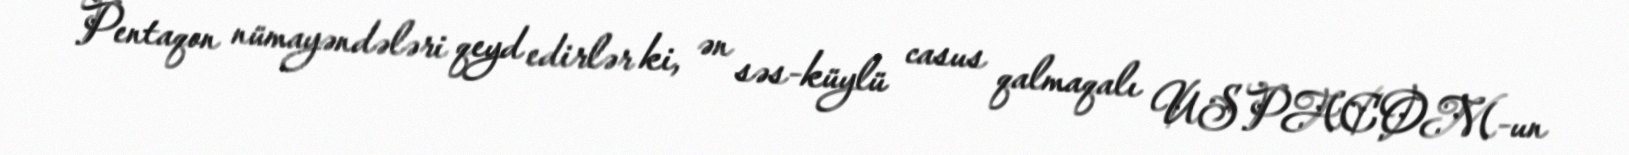
Pentaqon nümayəndələri qeyd edirlər ki, ən səs-küylü casus qalmaqalı USPACOM-un